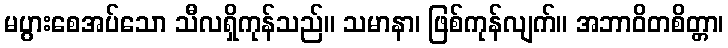
မပွားစေအပ်သော သီလရှိကုန်သည်။ သမာနာ၊ ဖြစ်ကုန်လျက်။ အဘာဝိတစိတ္တာ၊